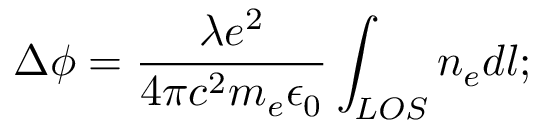
\Delta \phi = \frac { \lambda e ^ { 2 } } { 4 \pi c ^ { 2 } m _ { e } \epsilon _ { 0 } } \int _ { L O S } n _ { e } d l ;